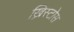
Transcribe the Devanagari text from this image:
ख्रिस्टोस